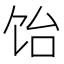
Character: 饴